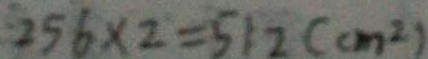
2 5 6 \times 2 = 5 1 2 ( c m ^ { 2 } )